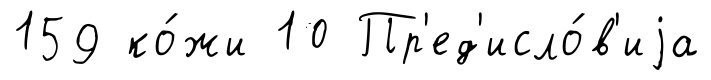
159 ко́жи 10 Пр'ед'исло́в'иjа